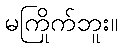
မကြိုက်ဘူး။